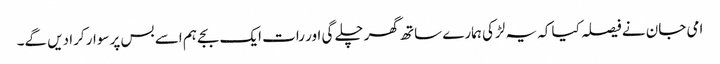
امی جان نے فیصلہ کیا کہ یہ لڑکی ہمارے ساتھ گھر چلے گی اور رات ایک بجے ہم اسے بس پر سوار کرا دیں گے۔